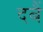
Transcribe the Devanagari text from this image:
दबैं